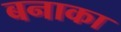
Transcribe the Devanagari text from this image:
बनाका